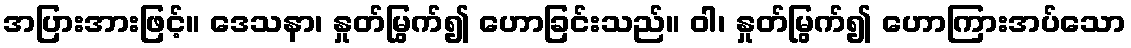
အပြားအားဖြင့်။ ဒေသနာ၊ နှုတ်မြွက်၍ ဟောခြင်းသည်။ ဝါ၊ နှုတ်မြွက်၍ ဟောကြားအပ်သော